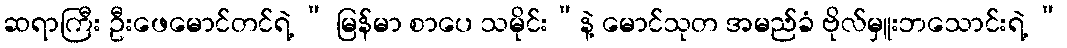
ဆရာကြီး ဦးဖေမောင်တင်ရဲ့ “ မြန်မာ စာပေ သမိုင်း”နဲ့ မောင်သုတ အမည်ခံ ဗိုလ်မှူးဘသောင်းရဲ့ “